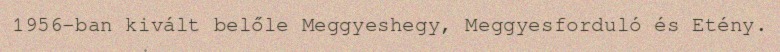
1956-ban kivált belőle Meggyeshegy, Meggyesforduló és Etény.